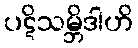
ပဋိသမ္ဘိဒါဟိ